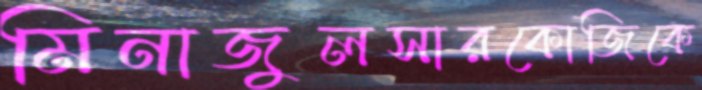
মিনাজুলসারকোজিকে